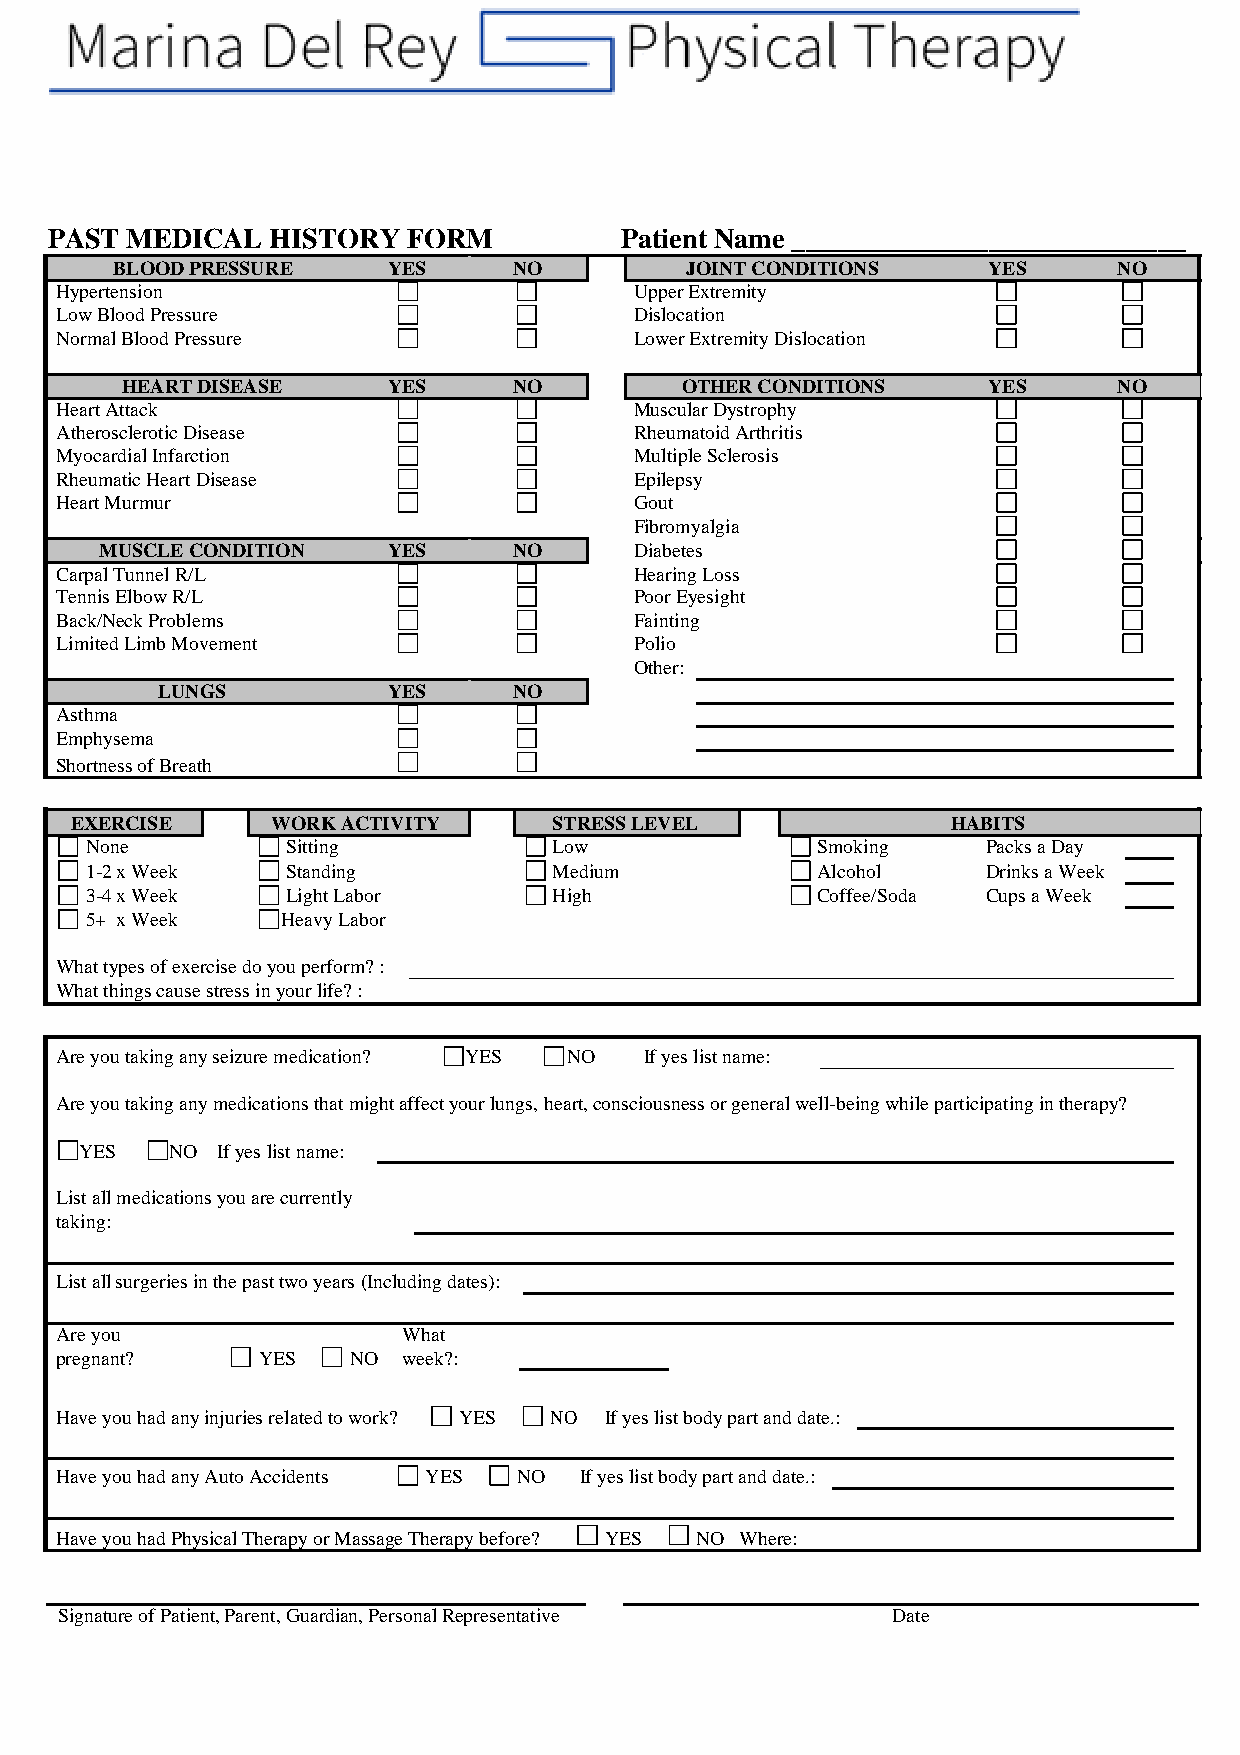
PAST MEDICAL   HISTORY  FORM          Patient Name ____________________________
 BLOOD PRESSURE     YES     NO         JOINT CONDITIONS    YES      NO
 Hypertension                          Upper Extremity
 Low Blood Pressure                    Dislocation
 Normal Blood Pressure                 Lower Extremity Dislocation
 HEART DISEASE     YES     NO         OTHER CONDITIONS    YES      NO
 Heart Attack                          Muscular Dystrophy
 Atherosclerotic Disease               Rheumatoid Arthritis
 Myocardial Infarction                 Multiple Sclerosis
 Rheumatic Heart Disease               Epilepsy
 Heart Murmur                          Gout
 Fibromyalgia
 MUSCLE CONDITION   YES     NO      Diabetes
 Carpal Tunnel R/L                     Hearing Loss
 Tennis Elbow R/L                      Poor Eyesight
 Back/Neck Problems                    Fainting
 Limited Limb Movement                 Polio
 Other:
 LUNGS           YES     NO
 Asthma
 Emphysema
 Shortness of Breath
 EXERCISE     WORK ACTIVITY      STRESS LEVEL              HABITS
 None         Sitting           Low              Smoking    Packs a Day
 1-2 x Week   Standing          Medium           Alcohol    Drinks a Week
 3-4 x Week   Light Labor       High             Coffee/Soda Cups a Week
 5+ x Week    Heavy Labor
 What types of exercise do you perform? :
 What things cause stress in your life? :
 Are you taking any seizure medication? YES NO If yes list name:
 Are you taking any medications that might affect your lungs, heart, consciousness or general well-being while participating in therapy?
 YES   NO If yes list name:
 List all medications you are currently
 taking:
 List all surgeries in the past two years (Including dates):
 Are you                What
 pregnant?    YES   NO  week?:
 Have you had any injuries related to work? YES NO If yes list body part and date.:
 Have you had any Auto Accidents YES NO If yes list body part and date.:
 Have you had Physical Therapy or Massage Therapy before? YES NO Where:
 Signature of Patient, Parent, Guardian, Personal Representative Date